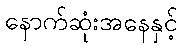
နောက်ဆုံးအနေနှင့်